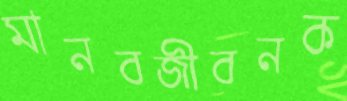
মানবজীবনক